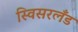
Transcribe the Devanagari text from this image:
स्विसरलँड